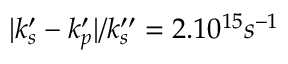
| k _ { s } ^ { \prime } - k _ { p } ^ { \prime } | / k _ { s } ^ { \prime \prime } = 2 . 1 0 ^ { 1 5 } s ^ { - 1 }